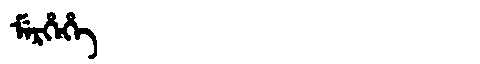
Manchu: ᠮᡝᡵᡥᡝᡥᡝ
Romanization: MERHEHE